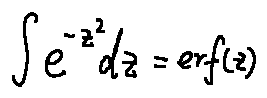
\int e ^ { - z ^ { 2 } } d z = e r f ( z )